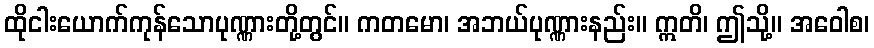
ထိုငါးယောက်ကုန်သောပုဏ္ဏားတို့တွင်။ ကတမော၊ အဘယ်ပုဏ္ဏားနည်း။ ဣတိ၊ ဤသို့။ အဝေါစ၊